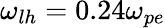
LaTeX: \omega_{lh}=0.24\omega_{pe}